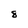
Character: 8